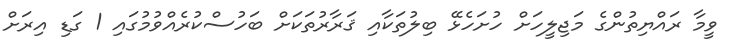
ވީމާ ރައްޔިތުންގެ މަޖިލީހަށް ހުށަހެޅޭ ބިލުތަކާއި ޤަރާރުތަކަށް ބަހުސްކުރެއްވުމުގައި 1 ގަޑި އިރަށް